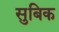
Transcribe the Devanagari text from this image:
सुबिक